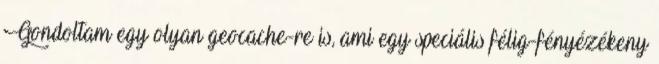
Gondoltam egy olyan geocache-re is, ami egy speciális félig-fényézékeny